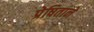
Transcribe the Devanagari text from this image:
प्रेषिताने